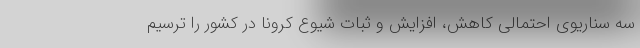
سه سناریوی احتمالی کاهش، افزایش و ثبات شیوع کرونا در کشور را ترسیم